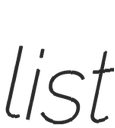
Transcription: list